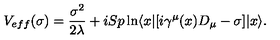
V _ { e f f } ( \sigma ) = { \frac { \sigma ^ { 2 } } { 2 \lambda } } + i S p \ln \langle x | [ i \gamma ^ { \mu } ( x ) D _ { \mu } - \sigma ] | x \rangle .